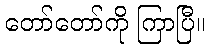
တော်တော်ကို ကြာပြီ။